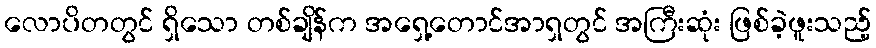
လောပိတတွင် ရှိသော တစ်ချိန်က အရှေ့တောင်အာရှတွင် အကြီးဆုံး ဖြစ်ခဲ့ဖူးသည့်